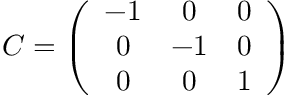
{ \cal { C } } = \left( { \begin{array} { c c c } { - 1 } & { 0 } & { 0 } \\ { 0 } & { - 1 } & { 0 } \\ { 0 } & { 0 } & { 1 } \end{array} } \right)